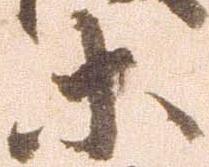
等